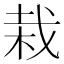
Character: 栽